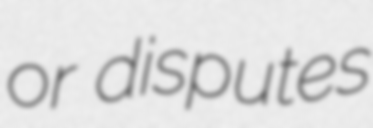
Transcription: or disputes